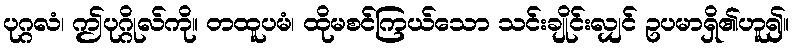
ပုဂ္ဂလံ၊ ဤပုဂ္ဂိုလ်ကို။ တထူပမံ၊ ထိုမစင်ကြယ်သော သင်းချိုင်းလျှင် ဥပမာရှိ၏ဟူ၍။